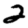
Digit: 2